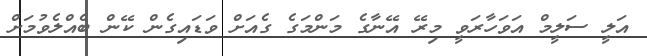
އަލީ ސަލީމް އަވަހާރަވީ މިރޭ އޭނާގެ މަންމަގެ ގެއަށް ވަޑައިގެން ކޭން ބެއްލެވުމަށް